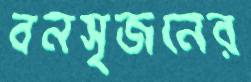
বনসৃজনের